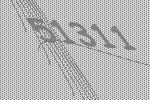
51311